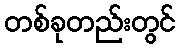
တစ်ခုတည်းတွင်